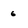
Character: 6